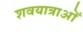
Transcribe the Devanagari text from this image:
शवयात्राओँ